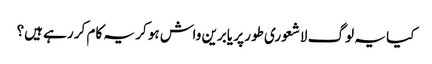
کیا یہ لوگ لاشعوری طور پر یابرین واش ہو کر یہ کام کر رہے ہیں؟